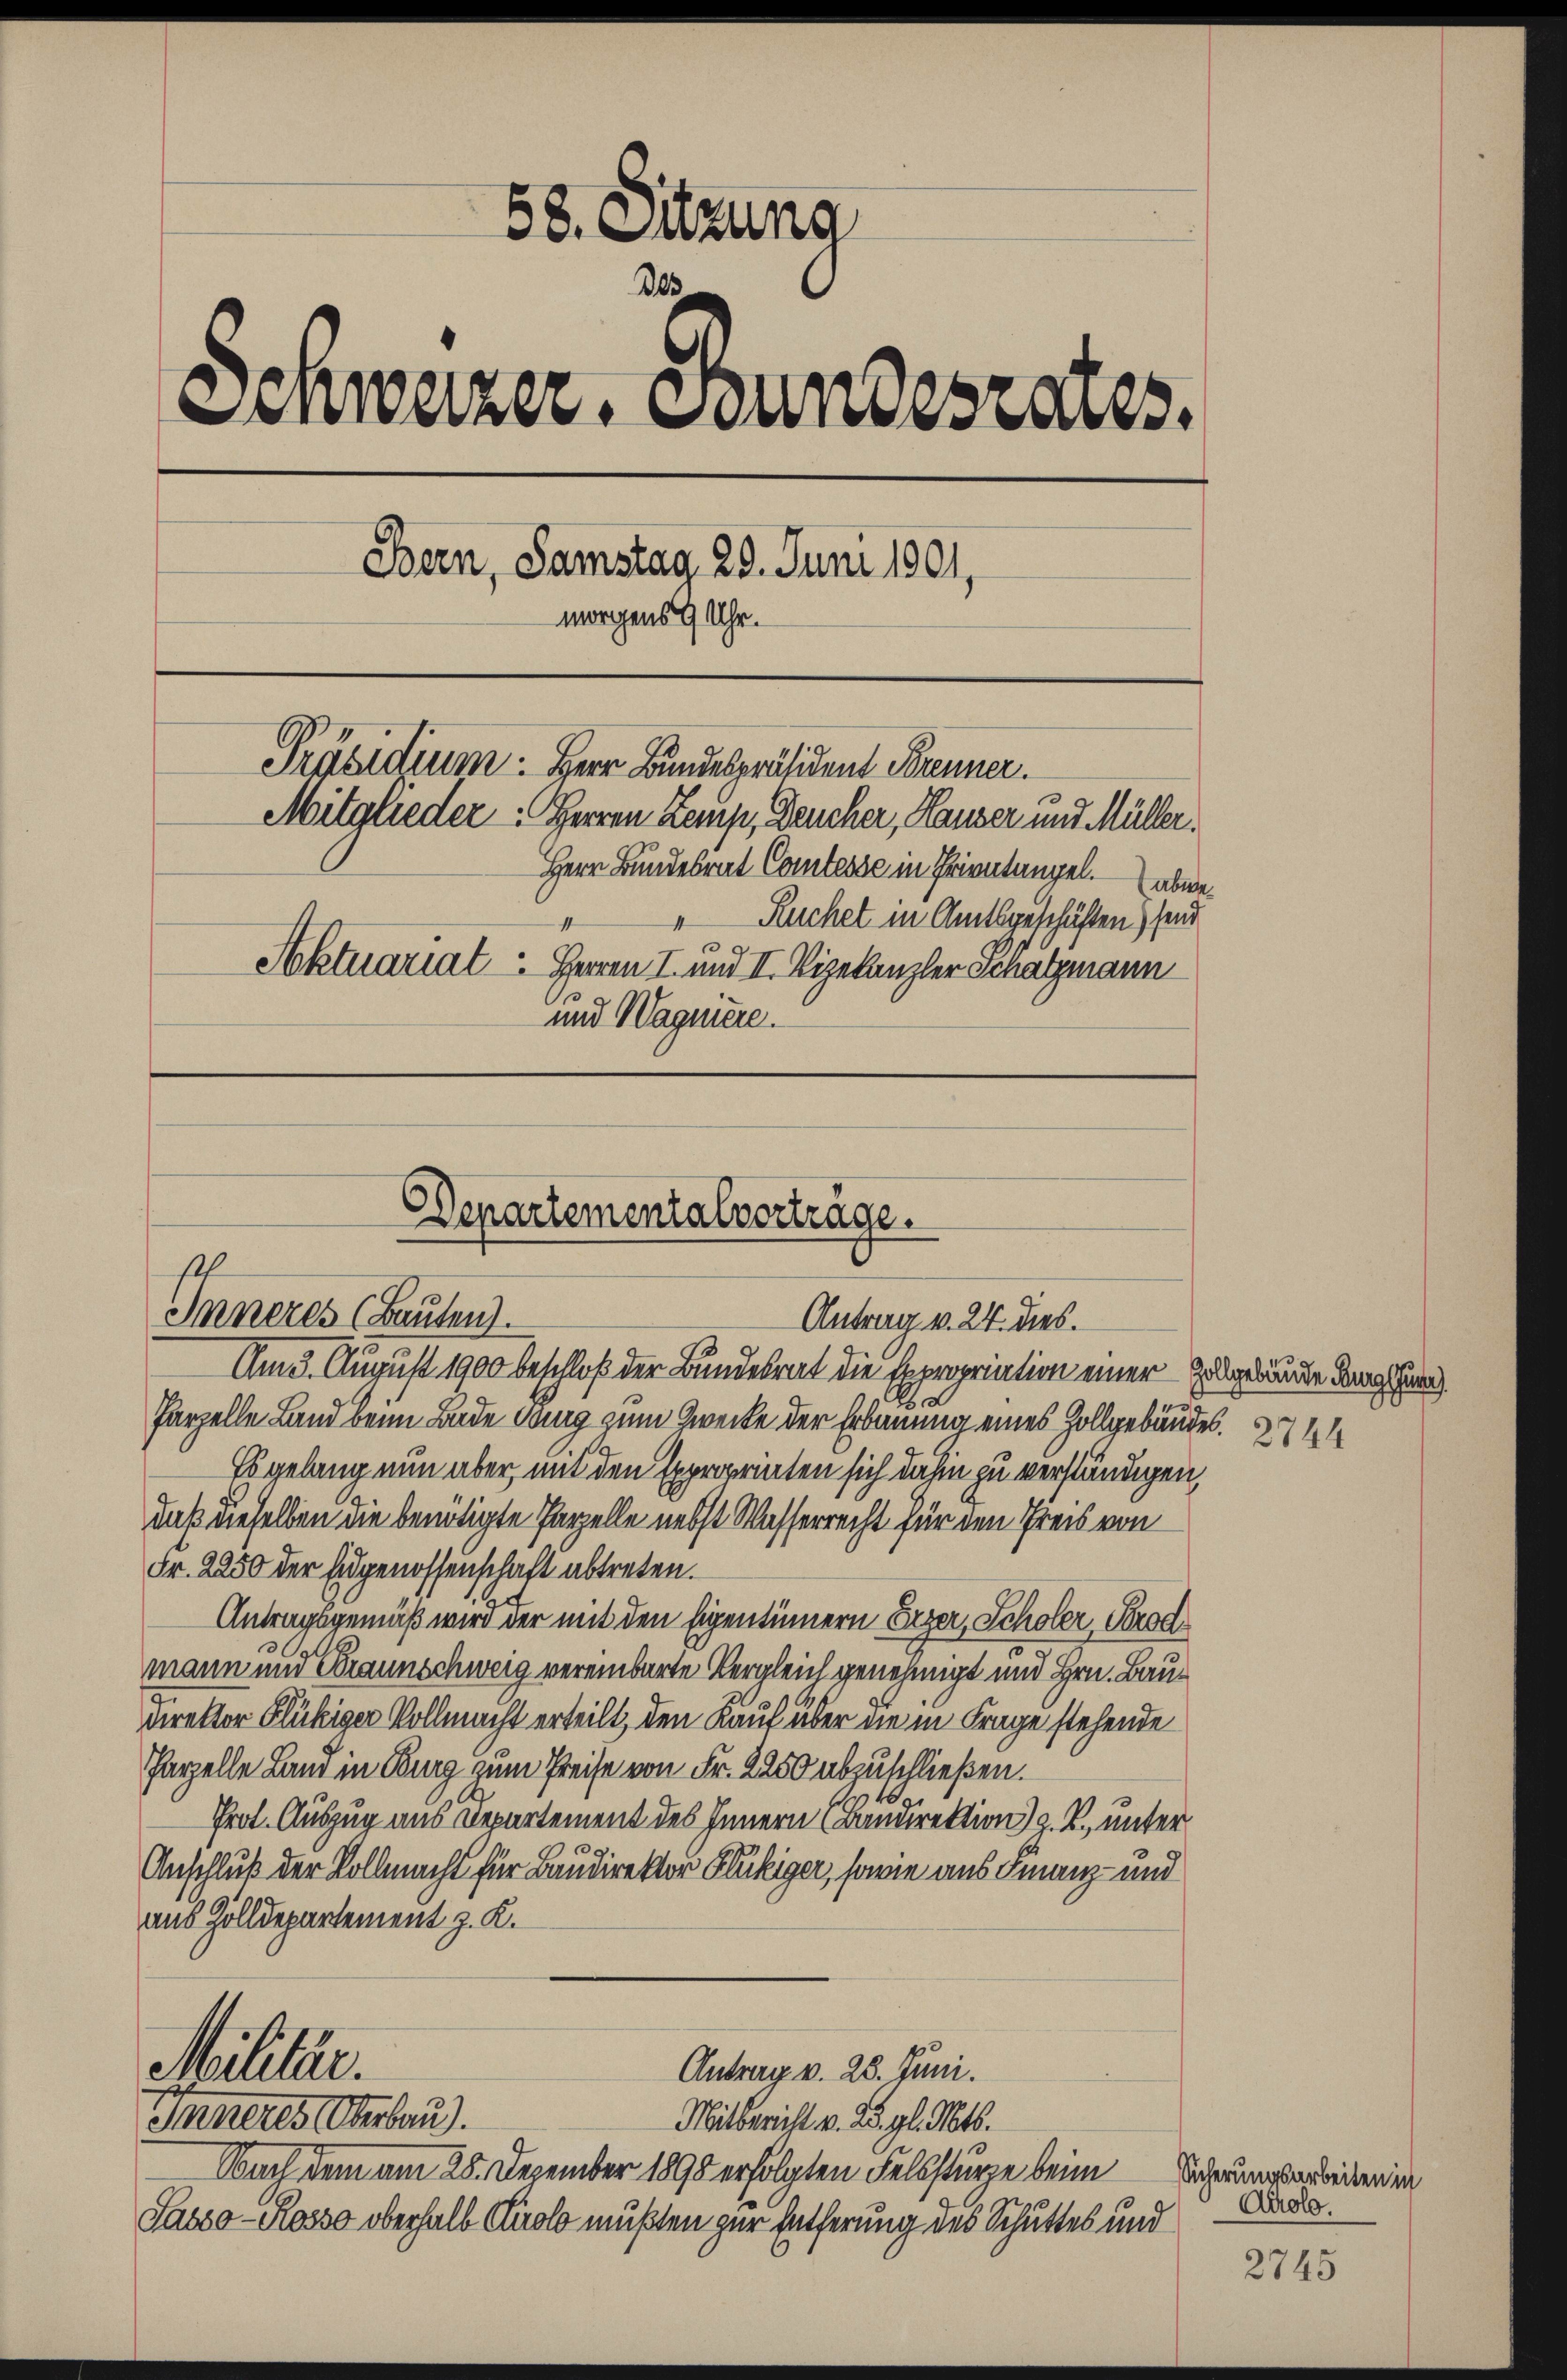
Am 3. August 1900 beschloß der Bundesrat die Expropriation einer Zelgebäuden danach
Parzelle Land beim Bade ding zum Zwecke der Erbauung eines Zollgebäudes. 14
Es gelang nun aber, mit den Expropriaten sich dahin zu verständigen,
daß dieselben die benötigte Parzelle nebst Wasserrecht für den Preis von
Fr. 2250 der Eidgenossenschaft abtreten.
Antragsgemäß wird der mit den Eigentümern Erzer, Scholer, Prod
mann und Braunschweig vereinbarte Vergleich genehmigt und Hrn. Baudirektor Glückiger Vollmacht erteilt, den Kauf über die in Frage stehende
Parzelle Land in Burg zum Preise von Fr. 2250 abzuschließen.
Prot. Auszug aus Departement des Innern (Bandirektion) z. B., unter
3
Anschluß der Vollmacht für Bandirektor Glückiger, sowie aus Finanz- und
aus Zolldepartement z. K.

58. Sitzung
Des
Einweizer. Stundesrates.
Bern, Samstag 29. Juni 1901,
morgens 9 Uhr.
Präsidium. Herr Bundespräsident Brenner.
Mitglieder: Herren Laup, Deucher, Hauser und Müller.
Herr Bundesrat Comtesse in Trientangel. abwe¬
 Ruchet in Amtsgeschäften) send
1
Aktuariat Herren I. und II. Vizekanzler Schatzmann
und Wagniere.

Departementalvertrage.
f
Inneres (Bauten).
Antrag v. 24. dies.

Militär.
Antrag v. 28. Juni.
Inneres Oberbau).
Mitbericht v. 25. gl. Mts.

Nach dem am 28. Dezember 1890 erfolgten Felssturze beim
Sasso - Rosso oberhalb Cuolo müßten zur Entferung des Schuttes und

Sicherungsarbeiten in
Airolo.

2745